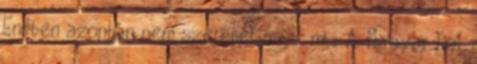
Endben azonban nem szerepel majd. mti A Magyar Dal